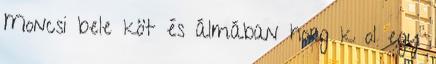
Moncsi bele köt és álmában horg k ol egy